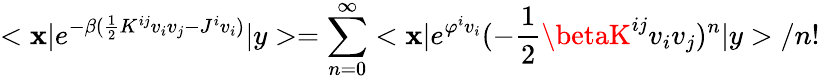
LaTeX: <\mathbf{x}|e^{-\beta(\frac{{1}}{{2}}K^{ij}v_{i}v_{j}-J^{i}v_{i})}|y>=\sum_{n=0}^{\infty}<\mathbf{x}|e^{\varphi^{i}v_{i}}(-\frac{{1}}{{2}}\betaK^{ij}v_{i}v_{j})^{n}|y>/n!